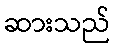
ဆားသည်